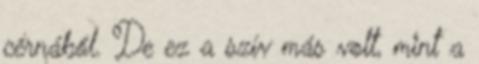
cérnából. De ez a szív más volt, mint a